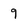
Character: 9